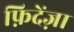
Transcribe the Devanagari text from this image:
फ़िदेंज़ा